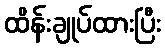
ထိန်းချုပ်ထားပြီး